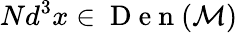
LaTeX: Nd^{3}x\in\mathrm{~D~e~n~}(\mathcal{M})